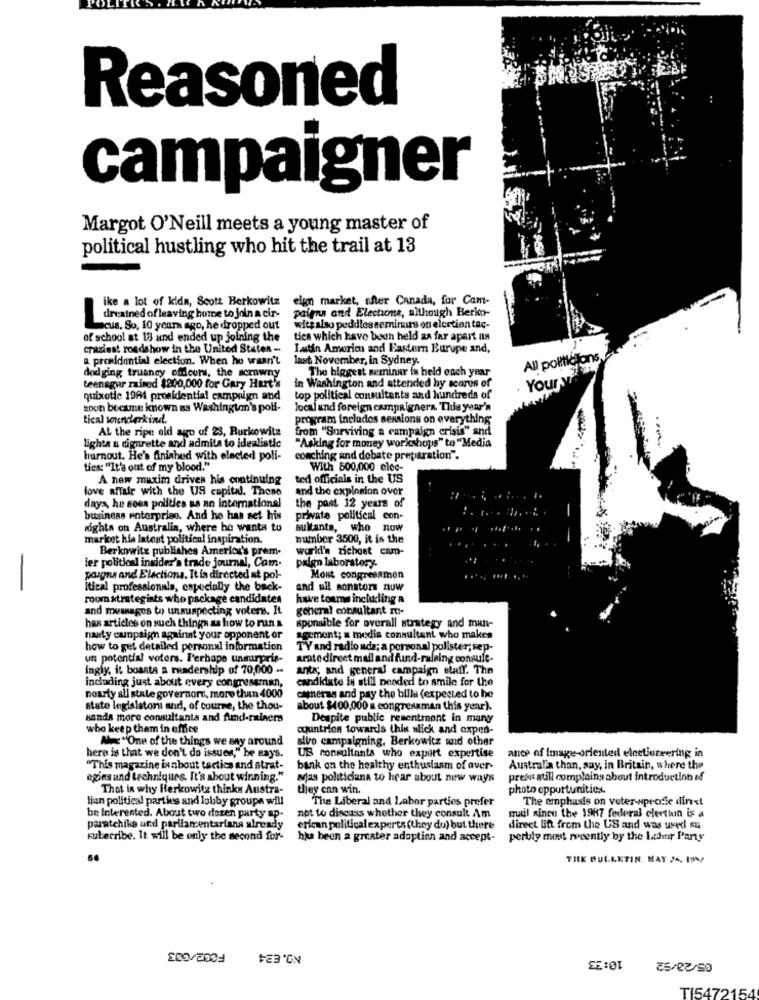
Reasoned
campaigner
Margot O'Neill meets a young master of
political hustling who hit the trail at 13
ike a lot of kids, Scott Berkowitz eign market, after Canada, for Cam-
pairns and Elections, although Berko-
dreained of leaving home to join a cir-
Scus. So, 10 years ago, he dropped out
-
wiet also peddles seminus on election tac-
of school at 18 and ended up joining the
tica which have been held as far apart an
craziest roadshow in the United States -
Latin America and Eastern Europe and,
a promidantini election. When he wasn't
last November, in Sydney.
All politicians
dodging truancy offleurs, the scrawny
The biggest seminar is held each year
Your ya
teensgur rained $200,000 for Gary Hart's
in Washington and attended hy scarus of
quixotie 1984 presidential campaign and
top political consultants and hundreds of
soon became known as Washington's poli-
local and foreign campaignera. This year's
tical sonenderkind.
program includes sessions on everything
At the ripe old ago of 23, Rurkowitz
from "Surviving a campaign crisis" and
lights a cigarette and admita to idealistic
"Asking for money workshops" to "Media
burnout. He's finished with elected poli-
coaching and debate preparation".
ties: "It's out of my blood."
With 500,000 elec-
A new maxim driven his continuing
ted officials in the US
love affair with the US capitad. Those
and the explosion over
days, he sees politics ss an international
the past 12 years of
! . ....
business enterprise. And he has set his
private political con-
rights on Australia, where he wants to
sultants, who now
market his latest political inspiration.
mumber 3500, it is the
Berkowitz publishes America's prem.
world's richost cam-
ier political insider's trade journal, Com.
paign laboratory.
paigna and Elactions. It is directed at pol-
Mont congressmen
itical professionals, especially the back-
and all sonstor nuw
room strategists who package candidates
have toums including a
and meuuges to unsuspecting voters. It
general consultant ro-
sponsible for overall strategy and mun-
has articles on such things as how to run s
nasty campaign against your opponent or
gment; a media consultant who makes
how to get detailed personal information
TY and radio ada; a personal polister; sep-
un potential voters. Perbape unsurpris-
arate direct mail and fund-raining consule.
ingly, it boasts a readership of 70,000 -
ants; and general campaign staff. The
including just about every congressman,
candidate is still needed to smile for the
nourly all stale governors, more than 4000
caneras and pay the billa (expected to he
stato legislator and, of course, the thou-
about $400,000 x congressman this year).
sanda more consultants and fund-rainers
Despite public resentment in many
who keep them in office
countries towards thin slick and expen-
Am "One of the things we By around
sivo campaigning, Berkowicz and other
US consultants who export expertise
here is that we don't do issues," he says.
ance of Image-oriented electioneering in
"This magazine ixabout tactics and strat-
bank on the healthy enthusiasm of over-
Australia than, say, in Britain, where the
egins and techniques. It's about winning."
Mas politiciana to hear about new ways
preas atill complains about introductinn if
Thot in why Herkowitz thinks Austra-
tjey can win.
photo opportunities.
lian political parties and lobby groupe will
The Liberal and Labor parties prefer
The emphasis on veter-specific dirct
be Interested. About two dozen party ap-
not to discuss whether they consult Am
mail since the 1987 federal election is a
paratchike and parliamentarians already
erican political experts (they do) but there
direct lift from the US and was usedl su
kubecribe. It will be only the second for-
has been a greater adoptinn and accept-
perbly most recently by the Ladder Party
THE BULLETIN, MAY 26. 19%)
F002/633
10:33
TI5472154